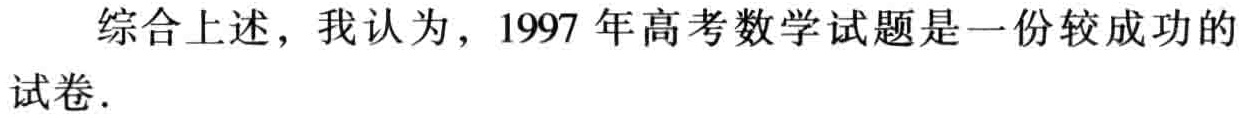
综合上述，我认为，1997 年高考数学试题是一份较成功的试卷.